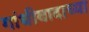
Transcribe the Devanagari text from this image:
गांधीवादाच्या